Document type: Sale
Year: 1440
Scribe: Pere Pau Pujades
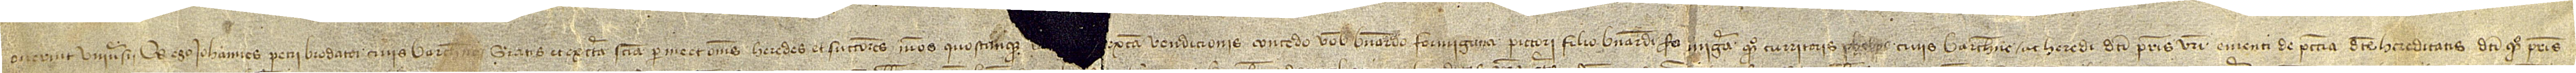
Noverint universi quod ego Iohannes Petri, brodatori, civis barchinone, gratis et ex certa sciencia per me et omnes heredes et successores meos quoscumque [vendo et] ex causa vendicionis concedo vobis Bernardo Formiguera, pictori, filio Bernardi Fo[r]miguera, quondam, curritoris phelpe, civis Barchinone, ac heredi dicti patris vestri, ementi de peccunia dicte hereditatis dicti quondam patris